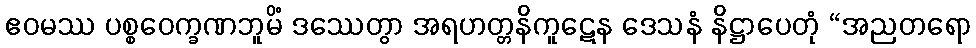
ဧဝမဿ ပစ္စဝေက္ခဏဘူမိံ ဒဿေတွာ အရဟတ္တနိကူဋေန ဒေသနံ နိဋ္ဌာပေတုံ “အညတရော